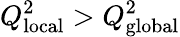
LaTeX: Q_{\mathrm{local}}^{2}>Q_{\mathrm{global}}^{2}